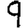
Digit: 9